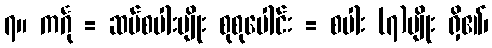
၇။ ကင်္ဂု = ဆပ်စပါးမျိုး စုစုပေါင်း = စပါး (၇)မျိုး ရှိ၏၊